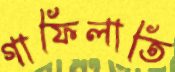
গাফিলাতি